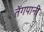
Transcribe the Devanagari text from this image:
तेंगपानी